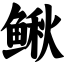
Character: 鳅